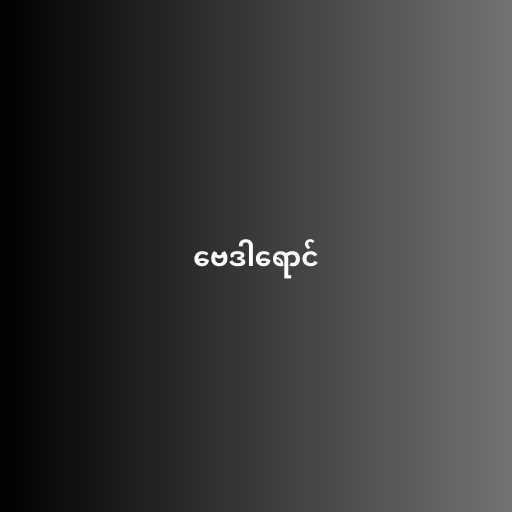
ဗေဒါရောင်